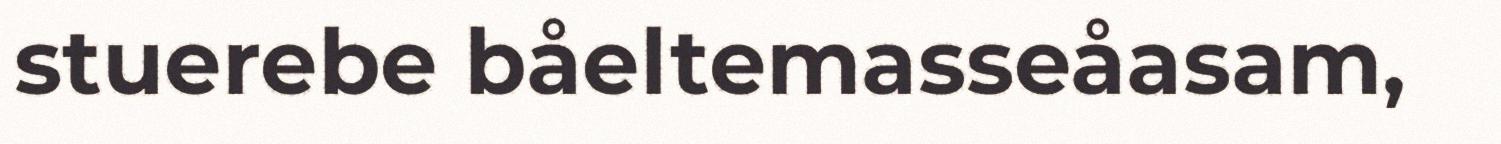
stuerebe båeltemasseåasam,